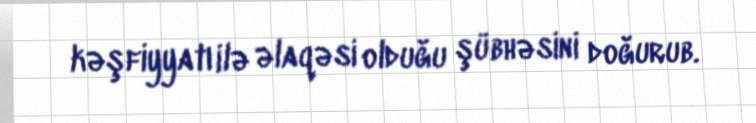
kəşfiyyatı ilə əlaqəsi olduğu şübhəsini doğurub.